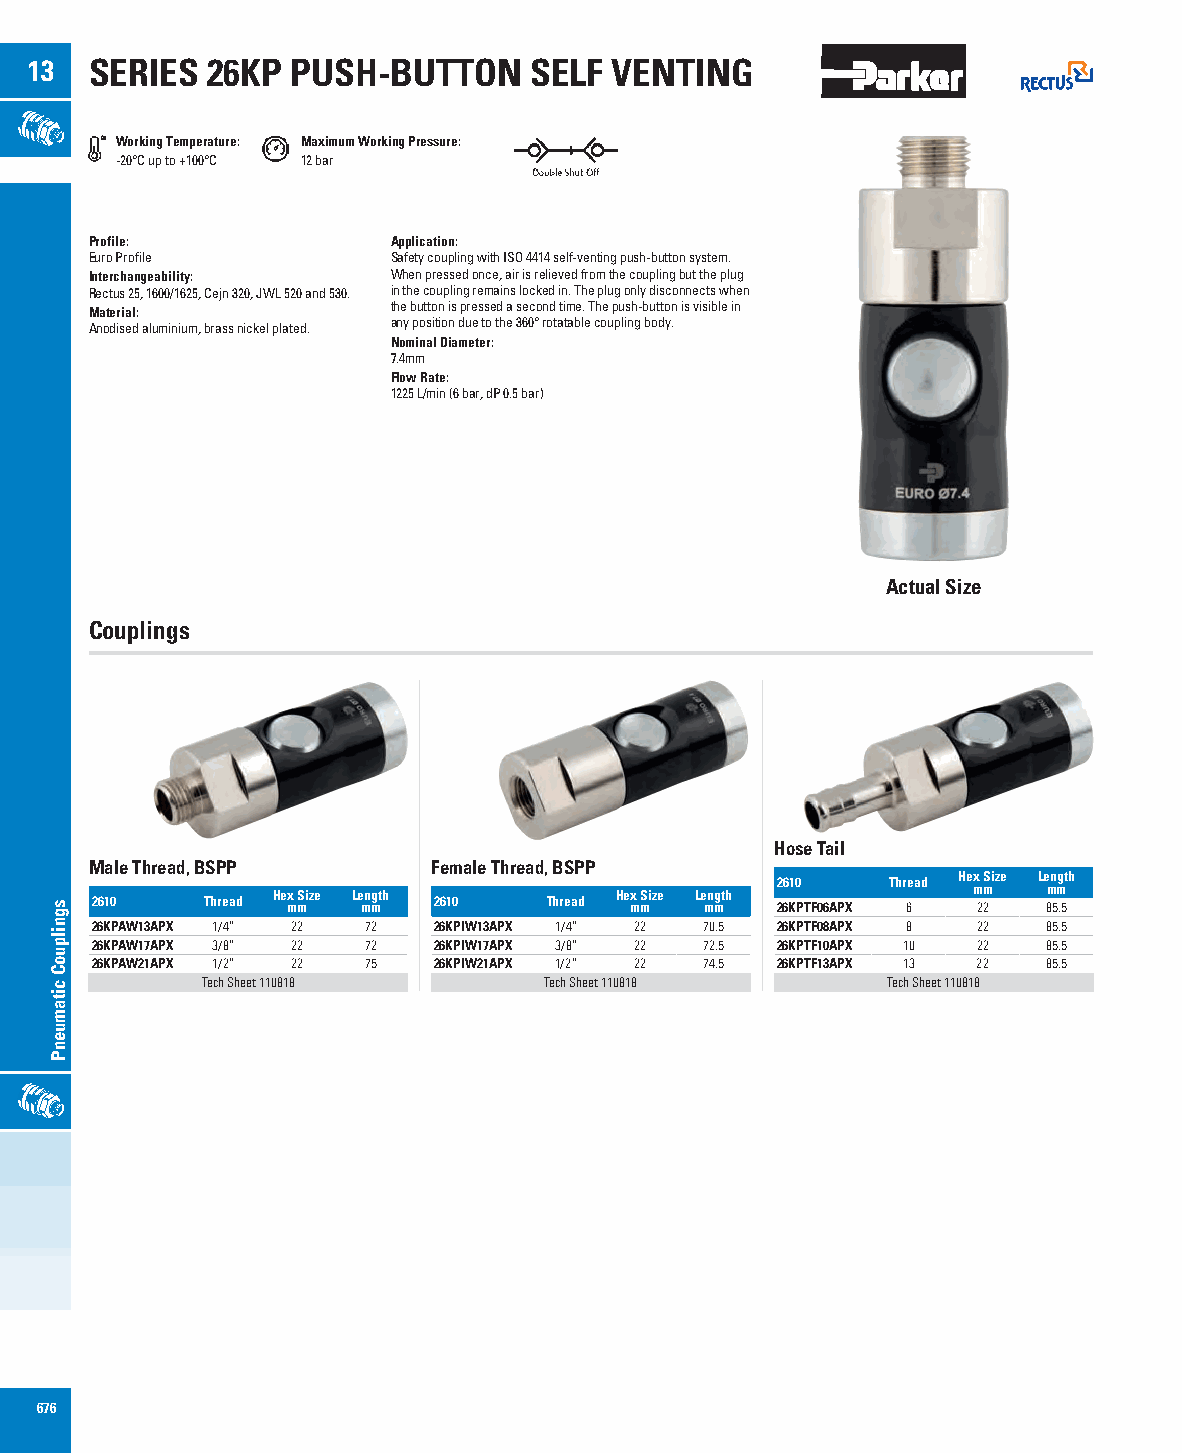
13  SERIES  26KP PUSH-BUTTON     SELF VENTING
 Working Temperature: Maximum Working Pressure:
 -20°C up to +100°C 12 bar
 Profile:            Application:
 Euro Profile        Safety coupling with ISO 4414 self-venting push-button system.
 Interchangeability: When pressed once, air is relieved from the coupling but the plug
 Rectus 25, 1600/1625, Cejn 320, JWL 520 and 530. in the coupling remains locked in. The plug only disconnects when
 Material:           the button is pressed a second time. The push-button is visible in
 Anodised aluminium, brass nickel plated. any position due to the 360° rotatable coupling body.
 Nominal Diameter:
 7.4mm
 Flow Rate:
 1225 L/min (6 bar, dP 0.5 bar)
 Actual Size
 Couplings
 Hose Tail
 Male Thread, BSPP      Female Thread, BSPP
 Hex Size Length
 Hex Size Length        Hex Size Length 2610 Thread mm mm
 2610   Thread mm  mm   2610   Thread mm  mm  26KPTF06APX 6 22  85.5
 26KPAW13APX 1/4” 22 72 26KPIW13APX 1/4” 22 70.5 26KPTF08APX 8 22 85.5
 26KPAW17APX 3/8” 22 72 26KPIW17APX 3/8” 22 72.5 26KPTF10APX 10 22 85.5
 26KPAW21APX 1/2” 22 75 26KPIW21APX 1/2” 22 74.5 26KPTF13APX 13 22 85.5
 Tech Sheet 110818      Tech Sheet 110818      Tech Sheet 110818
 676
 sgnilpuoC
 citamuenP